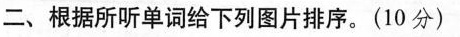
二、根据所听单词给下列图片排序。(10分)